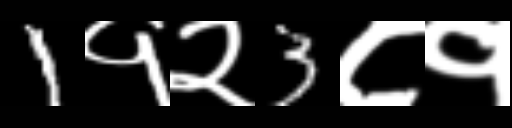
Text: 1१२3८१